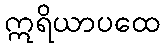
ဣရိယာပထေ